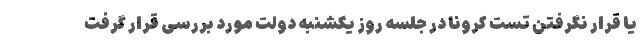
یا قرار نگرفتن تست کرونا در جلسه روز یکشنبه دولت مورد بررسی قرار گرفت